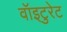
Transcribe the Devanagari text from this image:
वॉइटुरेट